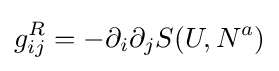
g_{ij}^{R}=-\partial _{i}\partial _{j}S(U,N^{a})